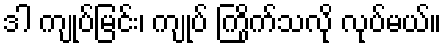
ဒါ ကျုပ်မြင်း၊ ကျုပ် ကြိုက်သလို လုပ်မယ်။